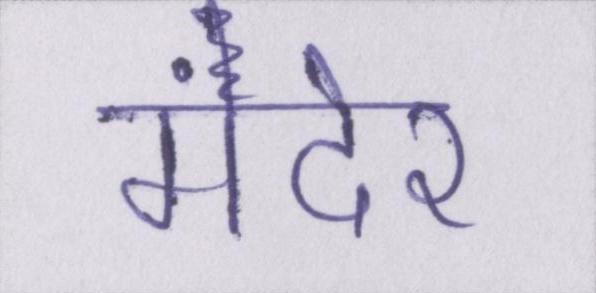
मंदेर